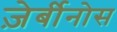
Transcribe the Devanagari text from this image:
ज़ेर्बीनोस